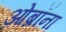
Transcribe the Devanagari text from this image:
ओब्रॉना